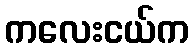
ကလေးငယ်က